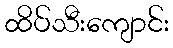
ထိပ်သီးကျောင်း